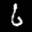
Label: 6